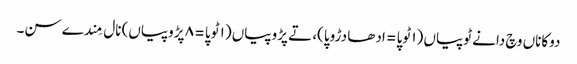
دوکاناں وچ دانے ٹوپیاں (١ ٹوپا = ادھا دڑوپا)، تے پڑوپیاں (١ ٹوپا = ٨ پڑوپیاں) نال مِندے سن۔